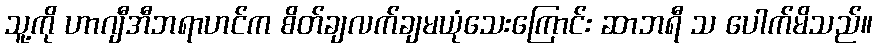
သူ့ကို ဟာဂျီအီဘရာဟင်က စိတ်ချလက်ချမယုံသေးကြောင်း ဆာဘရီ သ ပေါက်မိသည်။